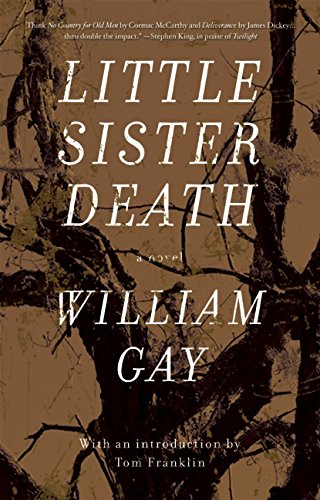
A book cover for Little Sister Death; William Gay; Literature & Fiction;